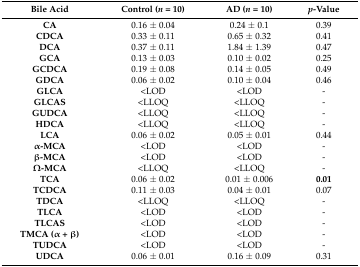
<table><thead><tr><td><b>Bile Acid</b></td><td><b>Control (<i>n</i> = 10)</b></td><td><b>AD (<i>n</i> = 10)</b></td><td><b><i>p</i>-Value</b></td></tr></thead><tbody><tr><td><b>CA</b></td><td>0.16 ± 0.04</td><td>0.24 ± 0.1</td><td>0.39</td></tr><tr><td><b>CDCA</b></td><td>0.33 ± 0.11</td><td>0.65 ± 0.32</td><td>0.41</td></tr><tr><td><b>DCA</b></td><td>0.37 ± 0.11</td><td>1.84 ± 1.39</td><td>0.47</td></tr><tr><td><b>GCA</b></td><td>0.13 ± 0.03</td><td>0.10 ± 0.02</td><td>0.25</td></tr><tr><td><b>GCDCA</b></td><td>0.19 ± 0.08</td><td>0.14 ± 0.05</td><td>0.49</td></tr><tr><td><b>GDCA</b></td><td>0.06 ± 0.02</td><td>0.10 ± 0.04</td><td>0.46</td></tr><tr><td><b>GLCA</b></td><td><lod><td><lod><td>-</td></lod></td></lod></td></tr><tr><td><b>GLCAS</b></td><td><lloq><td><lloq><td>-</td></lloq></td></lloq></td></tr><tr><td><b>GUDCA</b></td><td><lloq><td><lloq><td>-</td></lloq></td></lloq></td></tr><tr><td><b>HDCA</b></td><td><lloq><td><lloq><td>-</td></lloq></td></lloq></td></tr><tr><td><b>LCA</b></td><td>0.06 ± 0.02</td><td>0.05 ± 0.01</td><td>0.44</td></tr><tr><td><b>α-MCA</b></td><td><lod><td><lod><td>-</td></lod></td></lod></td></tr><tr><td><b>β-MCA</b></td><td><lod><td><lod><td>-</td></lod></td></lod></td></tr><tr><td><b>Ω-MCA</b></td><td><lloq><td><lloq><td>-</td></lloq></td></lloq></td></tr><tr><td><b>TCA</b></td><td>0.06 ± 0.02</td><td>0.01 ± 0.006</td><td><b>0.01</b></td></tr><tr><td><b>TCDCA</b></td><td>0.11 ± 0.03</td><td>0.04 ± 0.01</td><td>0.07</td></tr><tr><td><b>TDCA</b></td><td><lloq><td><lloq><td>-</td></lloq></td></lloq></td></tr><tr><td><b>TLCA</b></td><td><lod><td><lod><td>-</td></lod></td></lod></td></tr><tr><td><b>TLCAS</b></td><td><lod><td><lod><td>-</td></lod></td></lod></td></tr><tr><td><b>TMCA (α + β)</b></td><td><lod><td><lod><td>-</td></lod></td></lod></td></tr><tr><td><b>TUDCA</b></td><td><lod><td><lod><td>-</td></lod></td></lod></td></tr><tr><td><b>UDCA</b></td><td>0.06 ± 0.01</td><td>0.16 ± 0.09</td><td>0.31</td></tr></tbody></table>